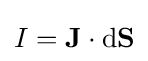
I=\mathbf {J} \cdot \mathrm {d} \mathbf {S}